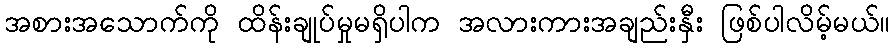
အစားအသောက်ကို ထိန်းချုပ်မှုမရှိပါက အလားကားအချည်းနှီး ဖြစ်ပါလိမ့်မယ်။